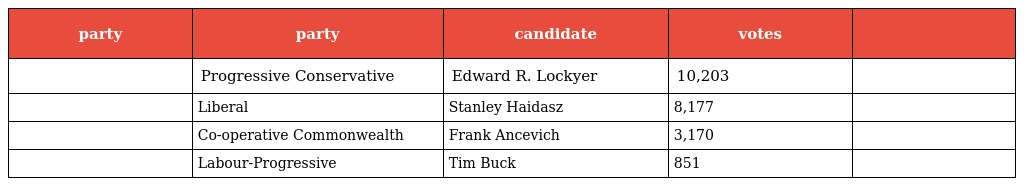
| party | party | candidate | votes |  |
 | --- | --- | --- | --- | --- |
 |  | Progressive Conservative | Edward R. Lockyer | 10,203 |  |
 |  | Liberal | Stanley Haidasz | 8,177 |  |
 |  | Co-operative Commonwealth | Frank Ancevich | 3,170 |  |
 |  | Labour-Progressive | Tim Buck | 851 |  |